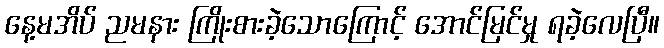
နေ့မအိပ် ညမနား ကြိုးစားခဲ့သောကြောင့် အောင်မြင်မှု ရခဲ့လေပြီ။